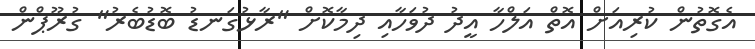
އެގޮތުން ކުރިއަށް އޮތް އަލްހާ އީދު ދުވަހާއި ދިމާކޮށް "ރާޅުގަނޑު ބޮޑުބެރު" ގުރޫޕްން